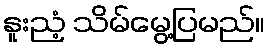
နူးညံ့ သိမ်မွေ့ပြမည်။